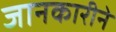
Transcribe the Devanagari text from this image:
जानकारीने